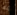
إنها